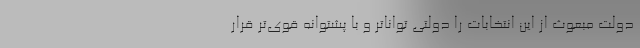
دولت مبعوث از این انتخابات را دولتی تواناتر و با پشتوانه قوی‌تر قرار